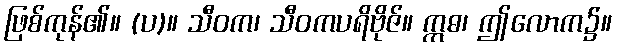
ဖြစ်ကုန်၏။ (ပ)။ သီဝက၊ သီဝကပရိဗိုဇ်။ ဣဓ၊ ဤလောက၌။